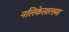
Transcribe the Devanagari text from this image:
नलिकेसारख्या